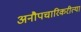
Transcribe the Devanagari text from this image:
अनौपचारिकरीत्या